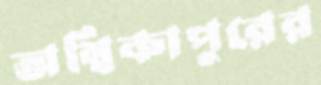
অম্বিকাপুরের